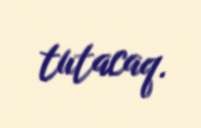
tutacaq.